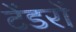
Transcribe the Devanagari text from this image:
टेंडरों